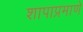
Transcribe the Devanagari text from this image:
शापाप्रमाणे